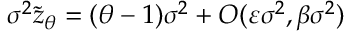
\sigma ^ { 2 } \tilde { z } _ { \theta } = ( \theta - 1 ) \sigma ^ { 2 } + O ( \varepsilon \sigma ^ { 2 } , \beta \sigma ^ { 2 } )